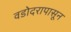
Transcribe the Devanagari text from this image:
वडोदरापासून